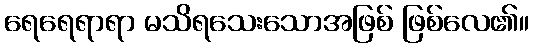
ရေရေရာရာ မသိရသေးသောအဖြစ် ဖြစ်လေ၏။